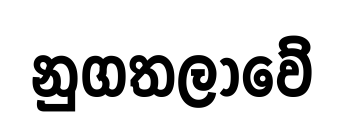
නුගතලාවේ